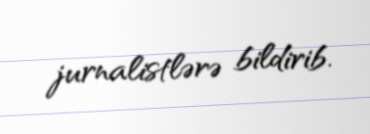
jurnalistlərə bildirib.